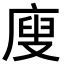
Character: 廋